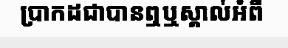
ប្រាកដជាបានឮឬស្គាល់អំពី